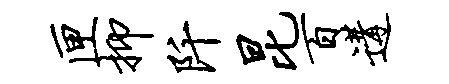
匣抑阡昆百遘